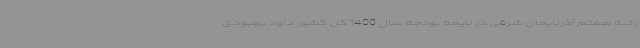
رتبه هفتم آذربایجان شرقی در لایحه بودجه سال 1400 کل کشور داود بهبودی